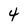
Character: 4